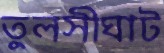
তুলসীঘাট